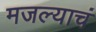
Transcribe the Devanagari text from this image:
मजल्याचं